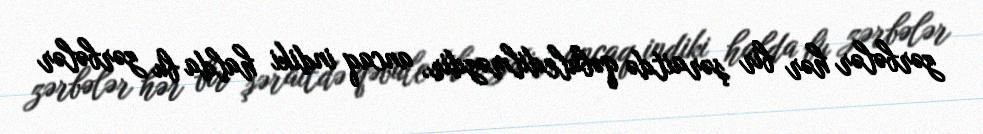
zərbələr hər bir şəraitdə qəbuledilməzdir, ancaq indiki halda bu zərbələr